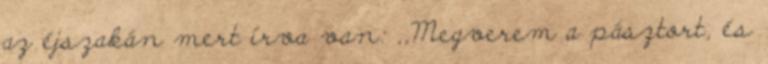
az éjszakán mert írva van: ,,Megverem a pásztort, és